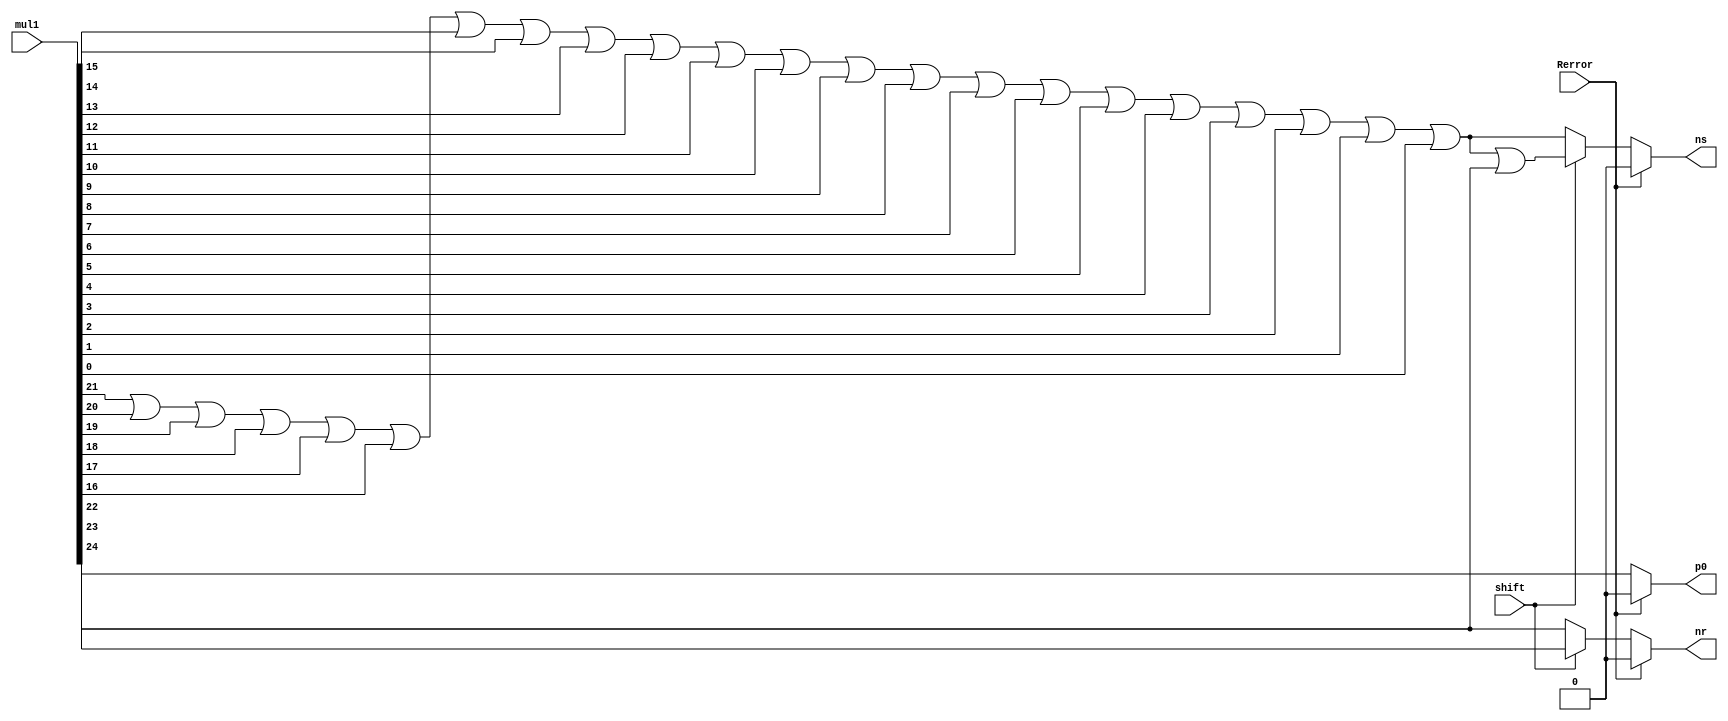
module FindRSP(
  output reg nr,ns,p0,
  input [24:0] mul1,
  input Rerror,shift);

  reg g,r,s;
  integer i;
  
always@(*)
begin
  if(Rerror==1'b0)
  begin
    g=mul1[23];
    r=mul1[22];
    s=0;
	 	for(i=21;i>=0;i=i-1)
		  s=s||mul1[i];
		
		if(shift==0)
		begin
		  nr=r;
		  ns=s;
		end
		else
		begin
		  nr=g;
		  ns=s||r;
		end
		p0=mul1[24];
	end
	else
	begin
	  nr=0;
	  ns=0;
	  p0=0;
	end
end

endmodule